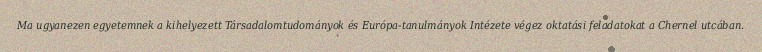
Ma ugyanezen egyetemnek a kihelyezett Társadalomtudományok és Európa-tanulmányok Intézete végez oktatási feladatokat a Chernel utcában.